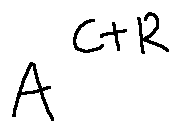
A ^ { C + R }